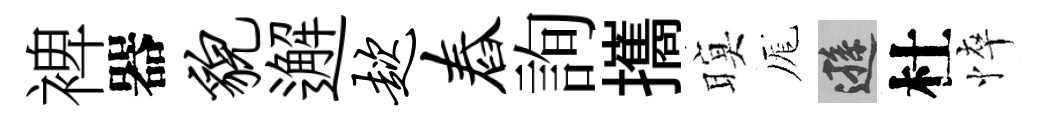
裨器貌邂趑舂詢攜暝厖遜杜悴